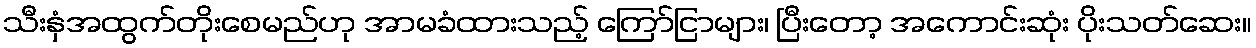
သီးနှံအထွက်တိုးစေမည်ဟု အာမခံထားသည့် ကြော်ငြာများ၊ ပြီးတော့ အကောင်းဆုံး ပိုးသတ်ဆေး။